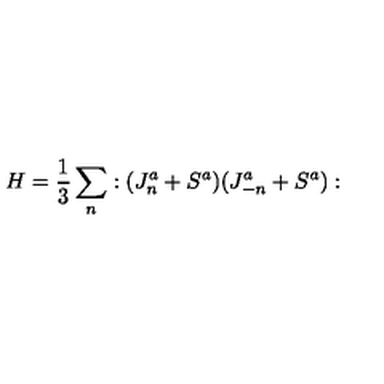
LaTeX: H = \frac { 1 } { 3 } \sum _ { n } : ( J _ { n } ^ { a } + S ^ { a } ) ( J _ { - n } ^ { a } + S ^ { a } ) :